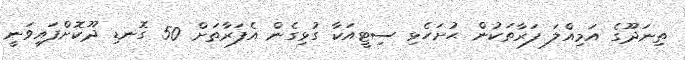
ތިނަދޫގެ އަމިއްލަ ފަރާތަކުން ޙުށަހެޅި ސިޓީއަކާ ގުޅިގެން އެފަރާތަށް 50 ގޮނޑި ދޫކޮށްފައިވަނީ